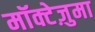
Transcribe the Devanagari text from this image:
मॉक्टेज़ुमा